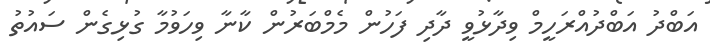
އަބްދު އަބްދުއްރަހީމް ވިދާޅުވީ ދާދި ފަހުން މެމްބަރުން ކާނާ ވިހަވުމާ ގުޅިގެން ސައުތު